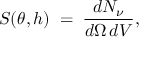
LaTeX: S ( \theta , h ) \; = \; { \frac { d N _ { \nu } } { d \Omega \, d V } } ,